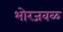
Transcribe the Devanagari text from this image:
भोरजवळ